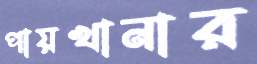
পায়খানার